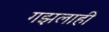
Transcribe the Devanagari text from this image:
गझलाही